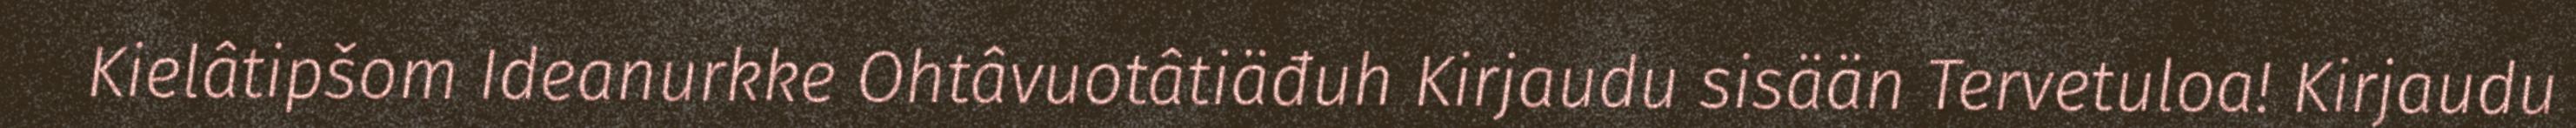
Kielâtipšom Ideanurkke Ohtâvuotâtiäđuh Kirjaudu sisään Tervetuloa! Kirjaudu